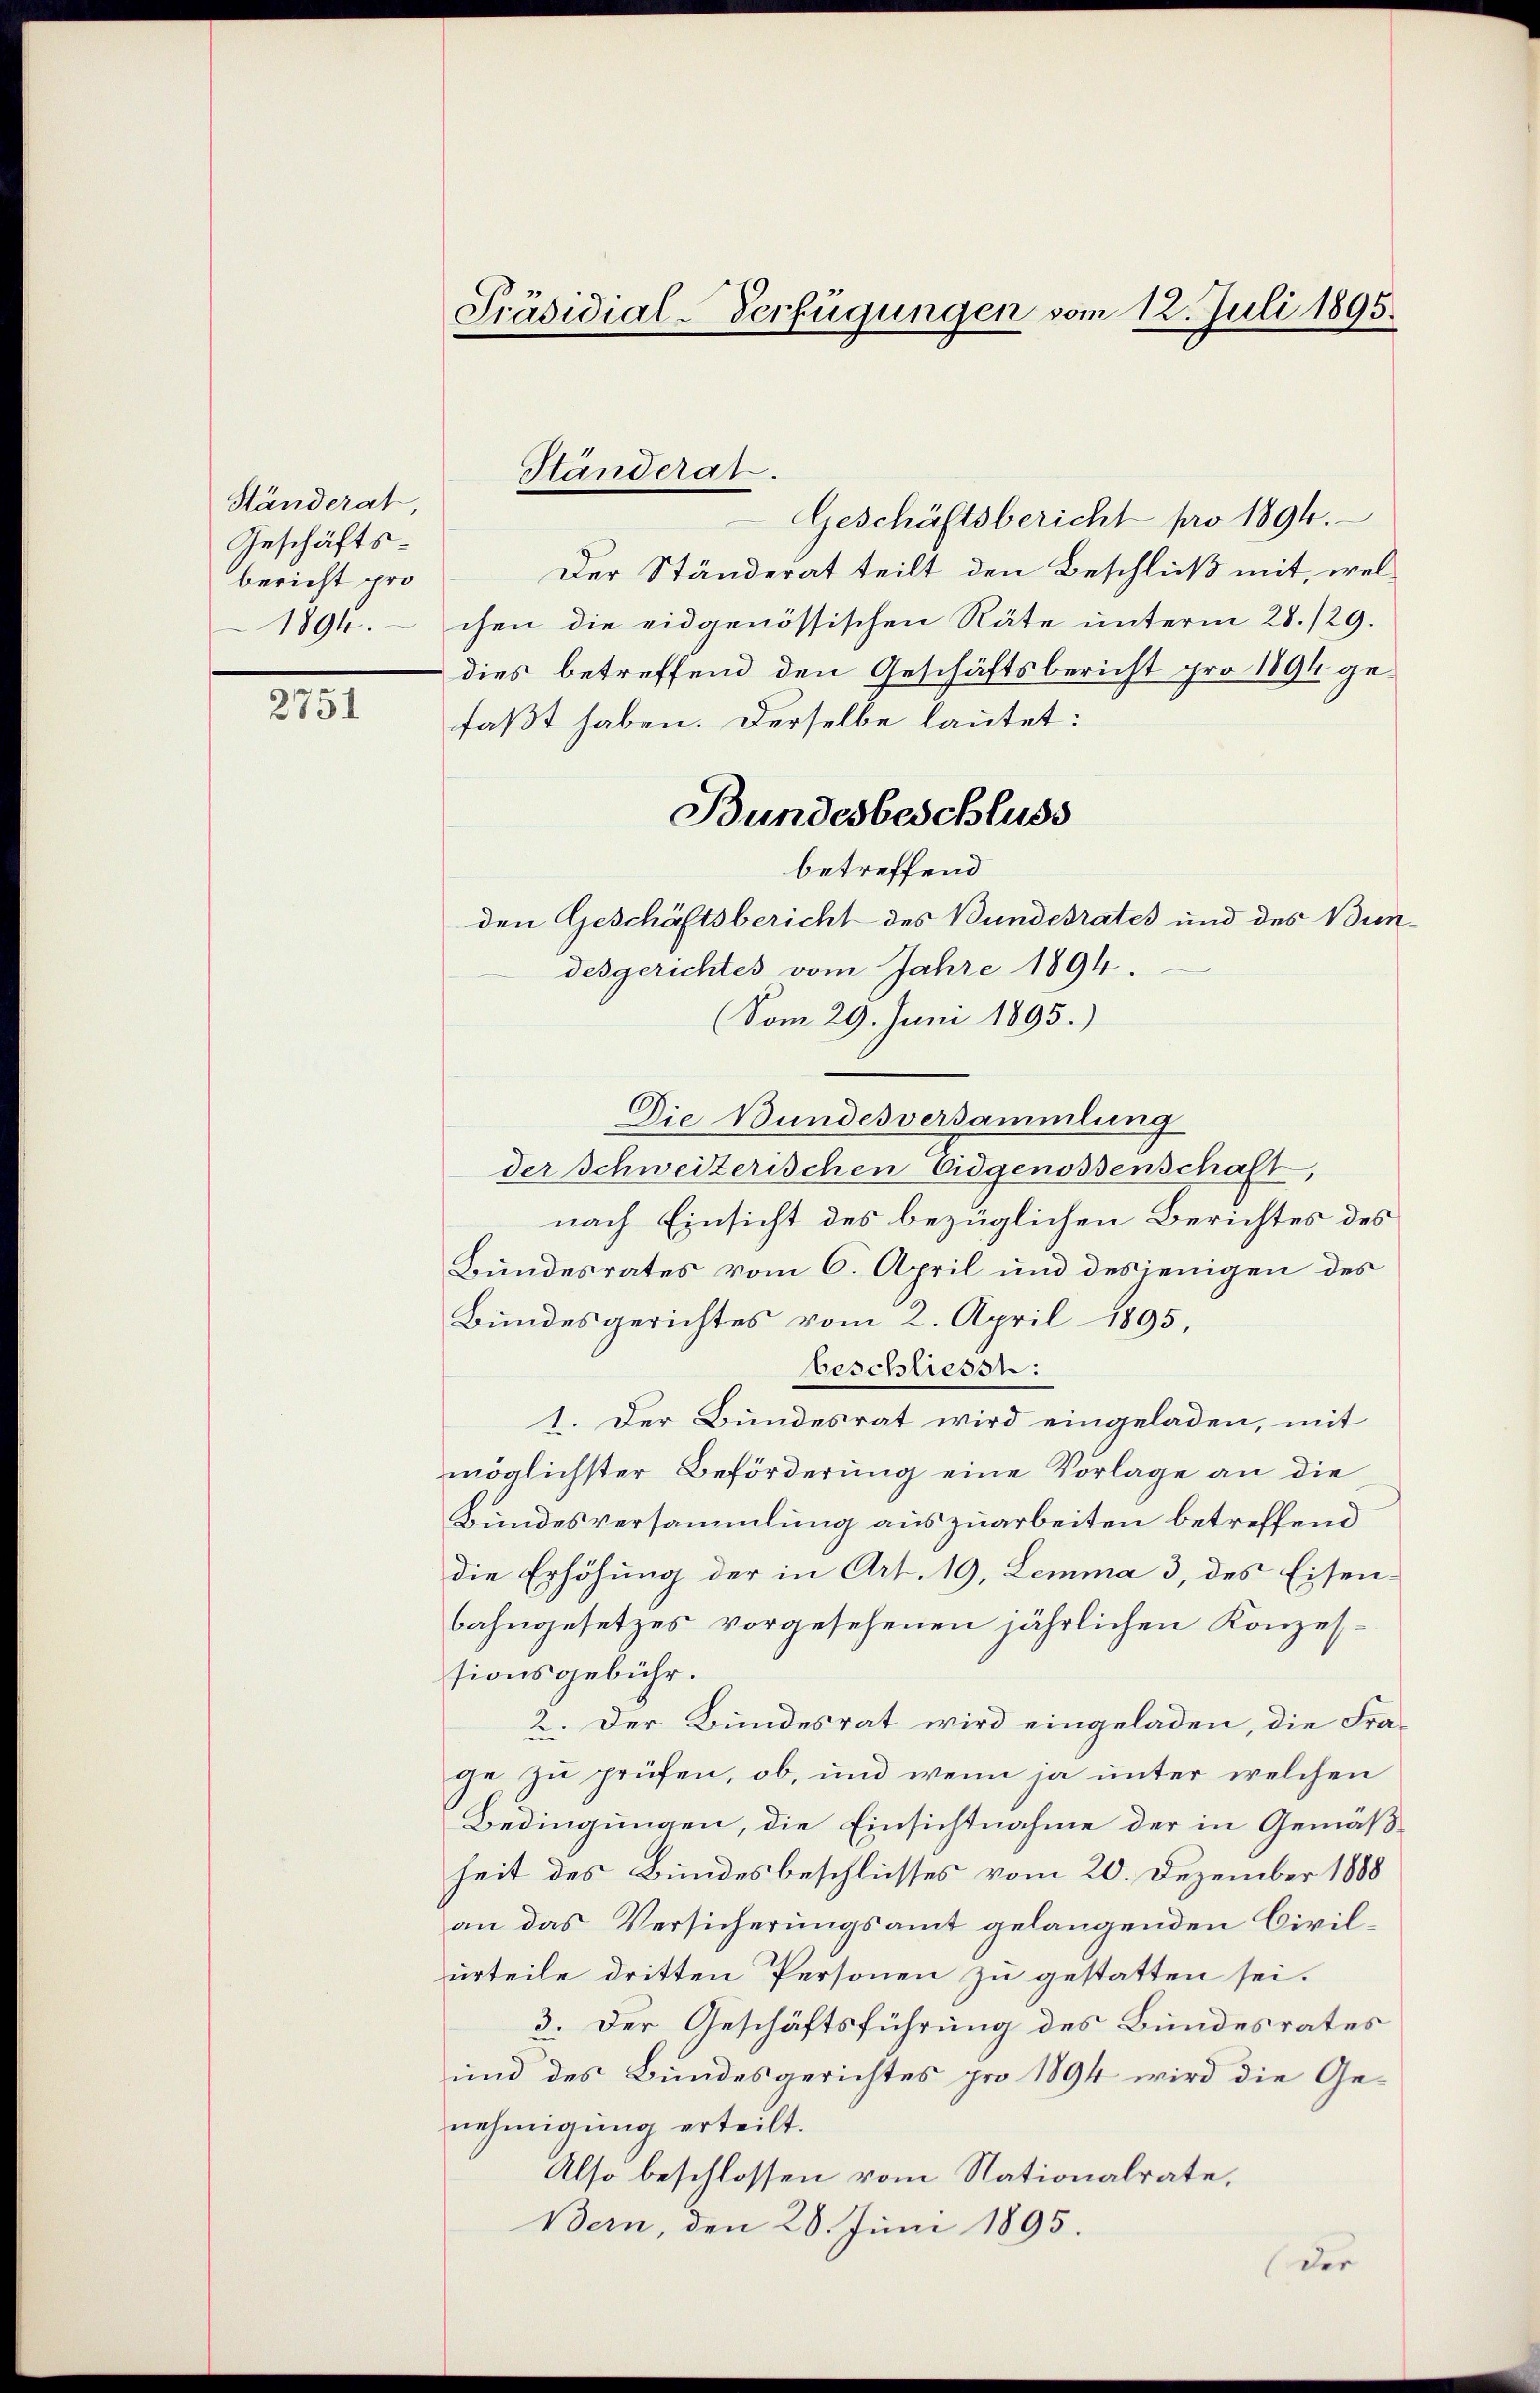
Händerat
Geschäftsbericht pro
1894.

2751

Präsidial-Verfügungen vom 12. Juli 1895.

Geschäftsbericht pro 1894.
Der Ständerat teilt den Beschluß mit, welchen die eidgenössischen Räte unterm 28./29.
dies betreffend den Geschäftsbericht pro 1894 ge-
faßt haben. Derselbe lautet:
den Geschäftsbericht des Bundesrates und des Bundesgerichtes vom Jahre 1894.
(Vom 29. Juni 1895.)
Die Bundesversammlung
der Schweizerischen Eidgenossenschaft,
nach Einsicht des bezüglichen Berichtes des
Bundesrates vom 6. April und desjenigen des
Bundesgerichtes vom 2. April 1895,
beschliesst:
1. Der Bundesrat wird eingeladen, mit
möglichster Beförderung eine Vorlage an die
Bundesversammlung auszuarbeiten betreffend
die Erhöhung der in Art. 19, Lemma 3 des Eisenbahngesetzes vorgesehenen jährlichen Konzes-
sionsgebühr.
2. Der Bundesrat wird eingeladen, die Frage zu prüfen, ob, und wenn ja unter welchen
Bedingungen, die Einsichtnahme der in Gemäßheit des Bundesbeschlusses vom 20. Dezember 1888
an das Versicherungsamt gelangenden Civilurteile dritten Personen zu gestatten sei.
3. Der Geschäftsführung des Bundesrates
und des Bundesgerichtes pro 1894 wird die Genehmigung erteilt.
Also beschlossen vom Nationalrate,
Bern, den 28. Juni 1895.
der

Händerat.

Bundesbeschluss
betreffend